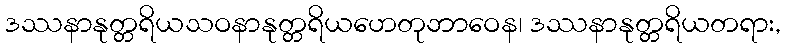
ဒဿနာနုတ္တရိယသဝနာနုတ္တရိယဟေတုဘာဝေန၊ ဒဿနာနုတ္တရိယတရား,